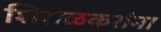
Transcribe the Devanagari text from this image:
शिरोळकरांना